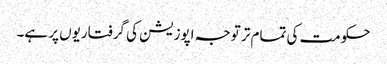
حکومت کی تمام تر توجہ اپوزیشن کی گرفتاریوں پر ہے۔